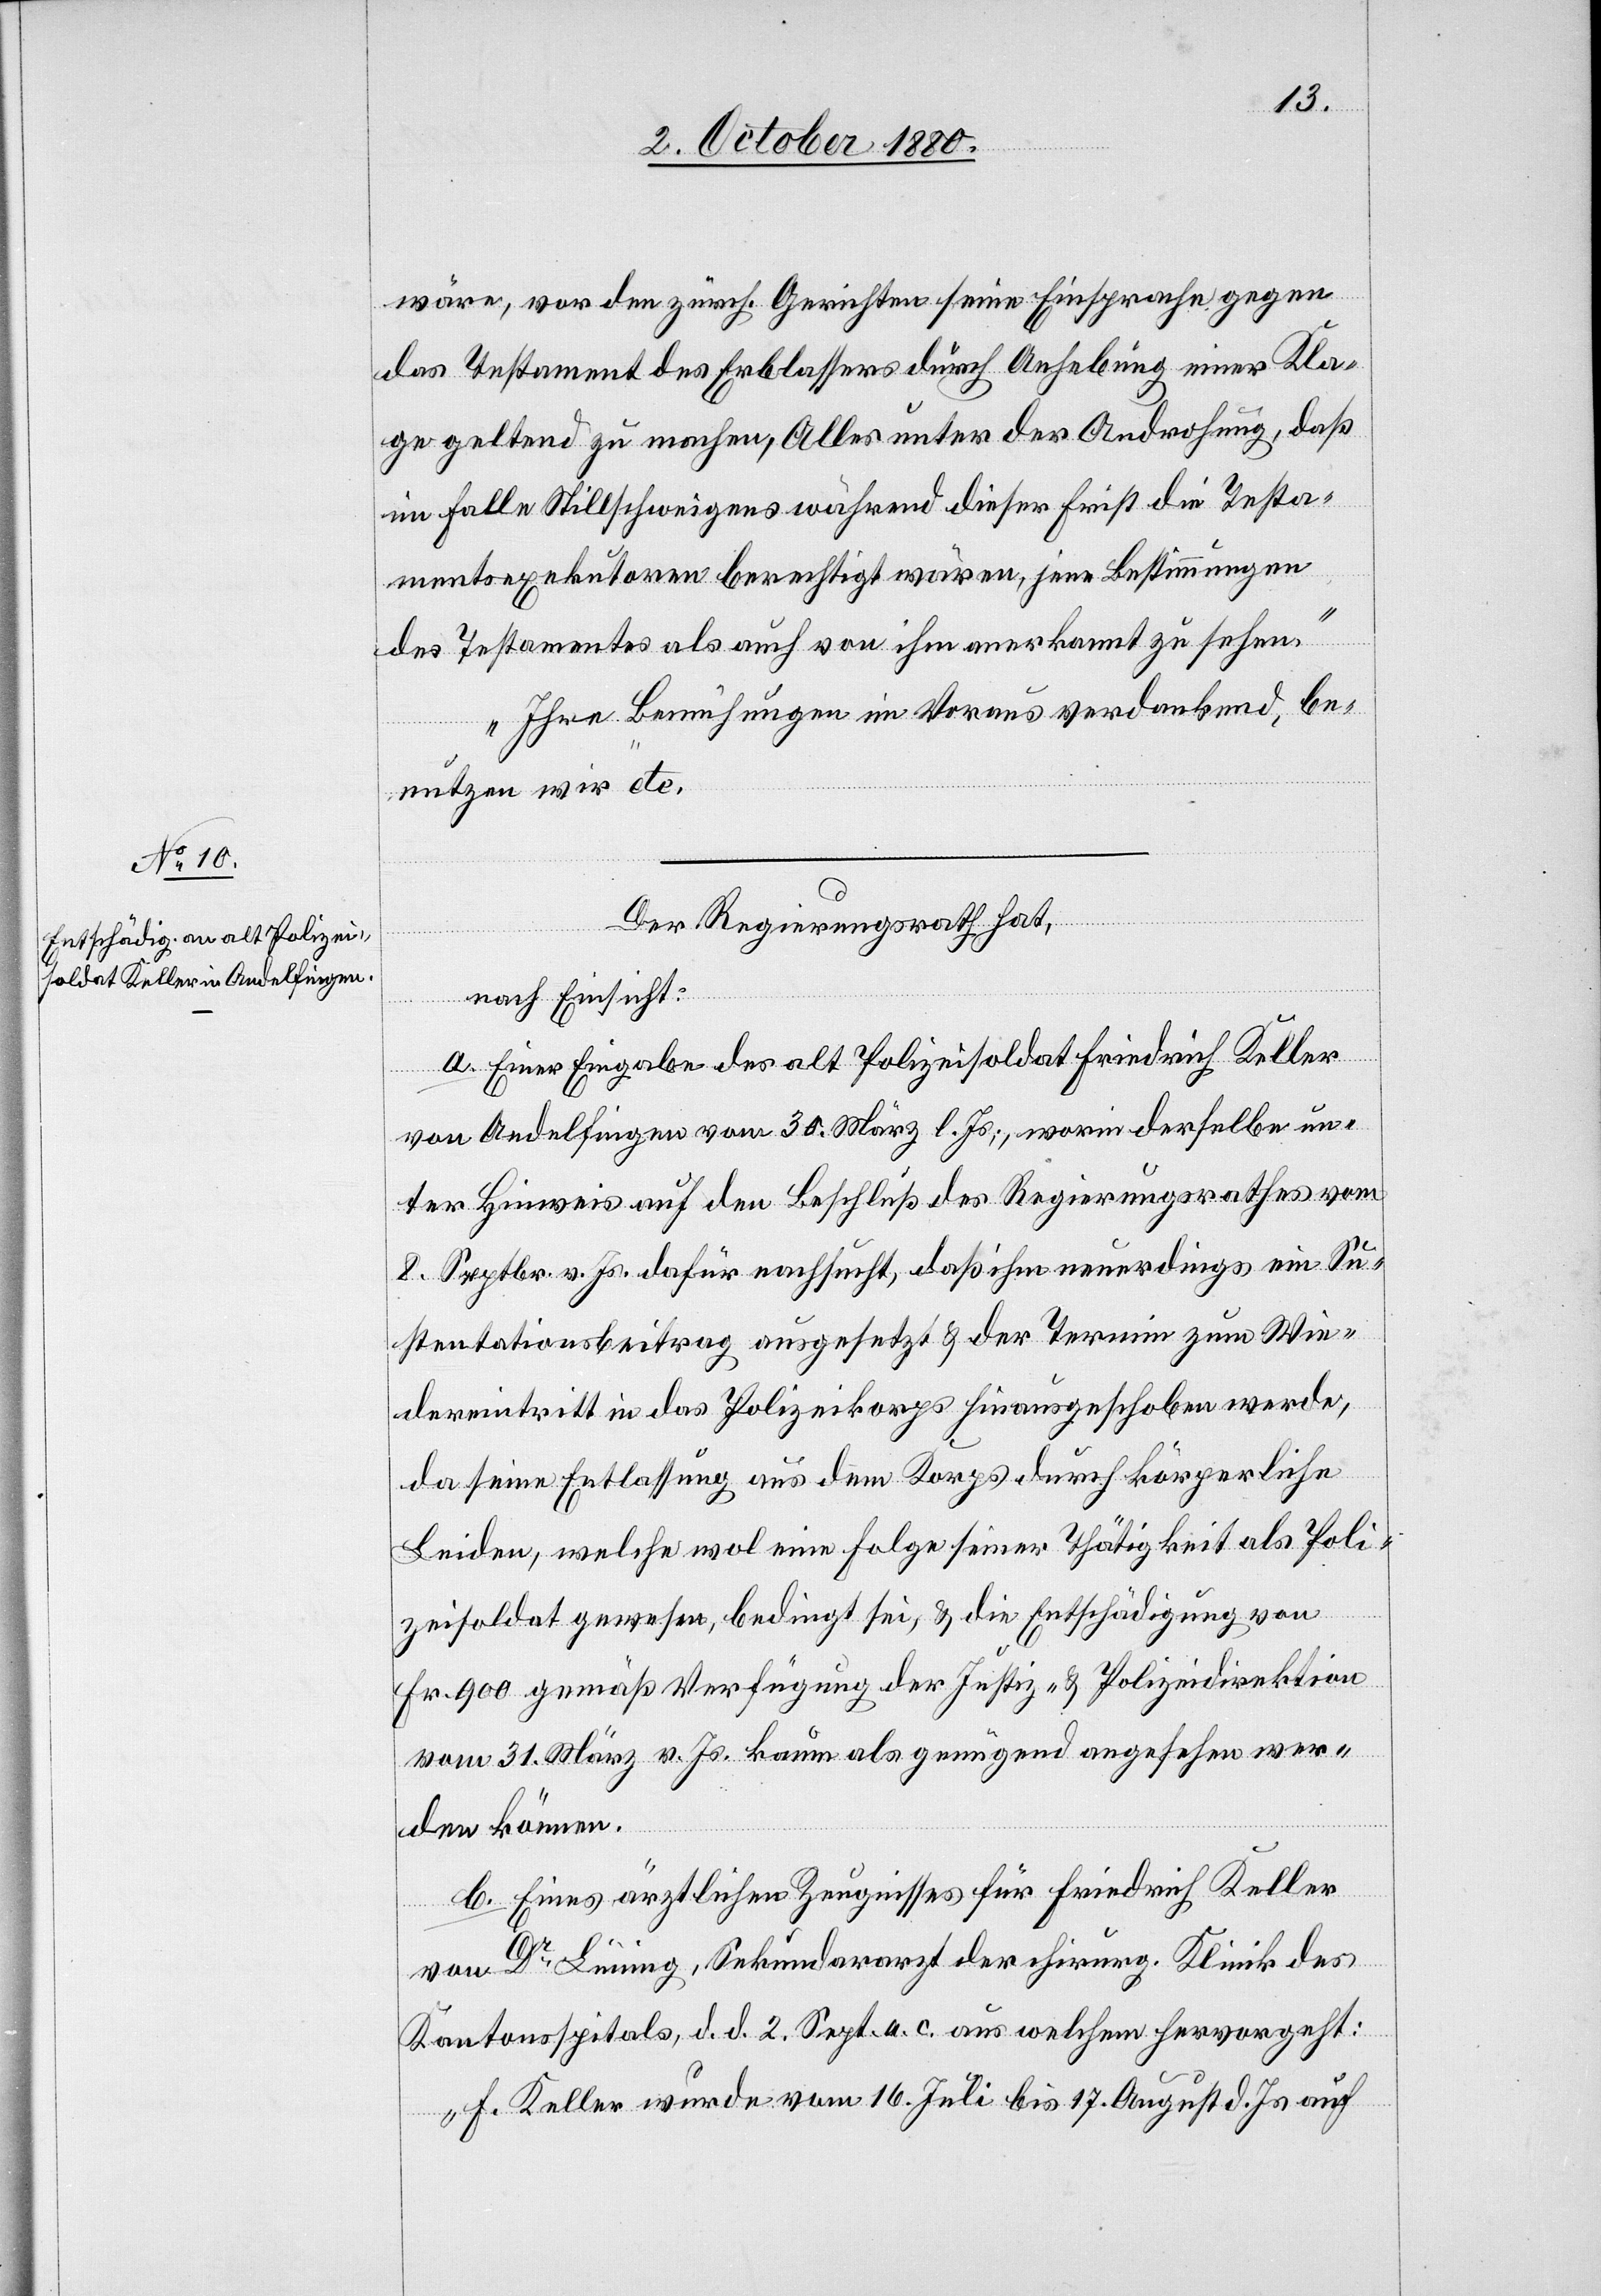
wäre, vor den zürch. Gerichten seine Einsprache gegen
das Testament des Erblassers durch Anhebung einer Kla¬
ge geltend zu machen, Alles unter der Androhung, daß
im Falle Stillschweigens während dieser Frist die Testa¬
mentsexekutoren berechtigt wären, jene Bestimmungen
des Testamentes als auch von ihm anerkannt zu sehen.
Ihre Bemühungen im Voraus verdankend, be¬
nutzen wir etc.“
Der Regierungsrath hat,
nach Einsicht:
a. Einer Eingabe des alt Polizeisoldaten Friedrich Keller
von Andelfingen vom 30. März l. Js.; worin derselbe un¬
ter Hinweis auf den Beschluß des Regierungsrathes vom
8. Septbr. v. Js. dafür nachsucht, daß ihm neuerdings ein Su¬
stentationsbeitrag ausgesetzt & der Termin zum Wie¬
dereintritt in das Polizeikorps hinausgeschoben werde,
da seine Entlassung aus dem Korps durch körperliche
Leiden, welche wol eine Folge seiner Thätigkeit als Poli¬
zeisoldat gewesen, bedingt sei, & die Entschädigung von
Fr. 900 gemäß Verfügung der Justiz- & Polizeidirektion
vom 31. März v. Js. kaum als genügend angesehen wer¬
den können.
b. Eines ärztlichen Zeugnisses für Friedrich Keller
von Dr Lüning, Sekundararzt der chirurg. Klinik des
Kantonspitals, d. d. 2. Sept. a. c. aus welchem hervorgeht:
„F. Keller wurde vom 16. Juli bis 17. August d. Js. auf